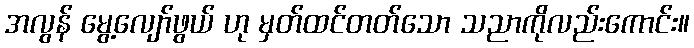
အလွန် မွေ့လျော်ဖွယ် ဟု မှတ်ထင်တတ်သော သညာကိုလည်းကောင်း။